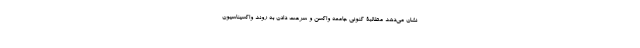
نشان می‌دهد مطالبۀ کنونی جامعه واکسن و سرعت دادن به روند واکسیناسیون